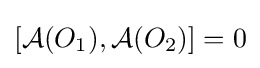
[{\mathcal {A}}(O_{1}),{\mathcal {A}}(O_{2})]=0